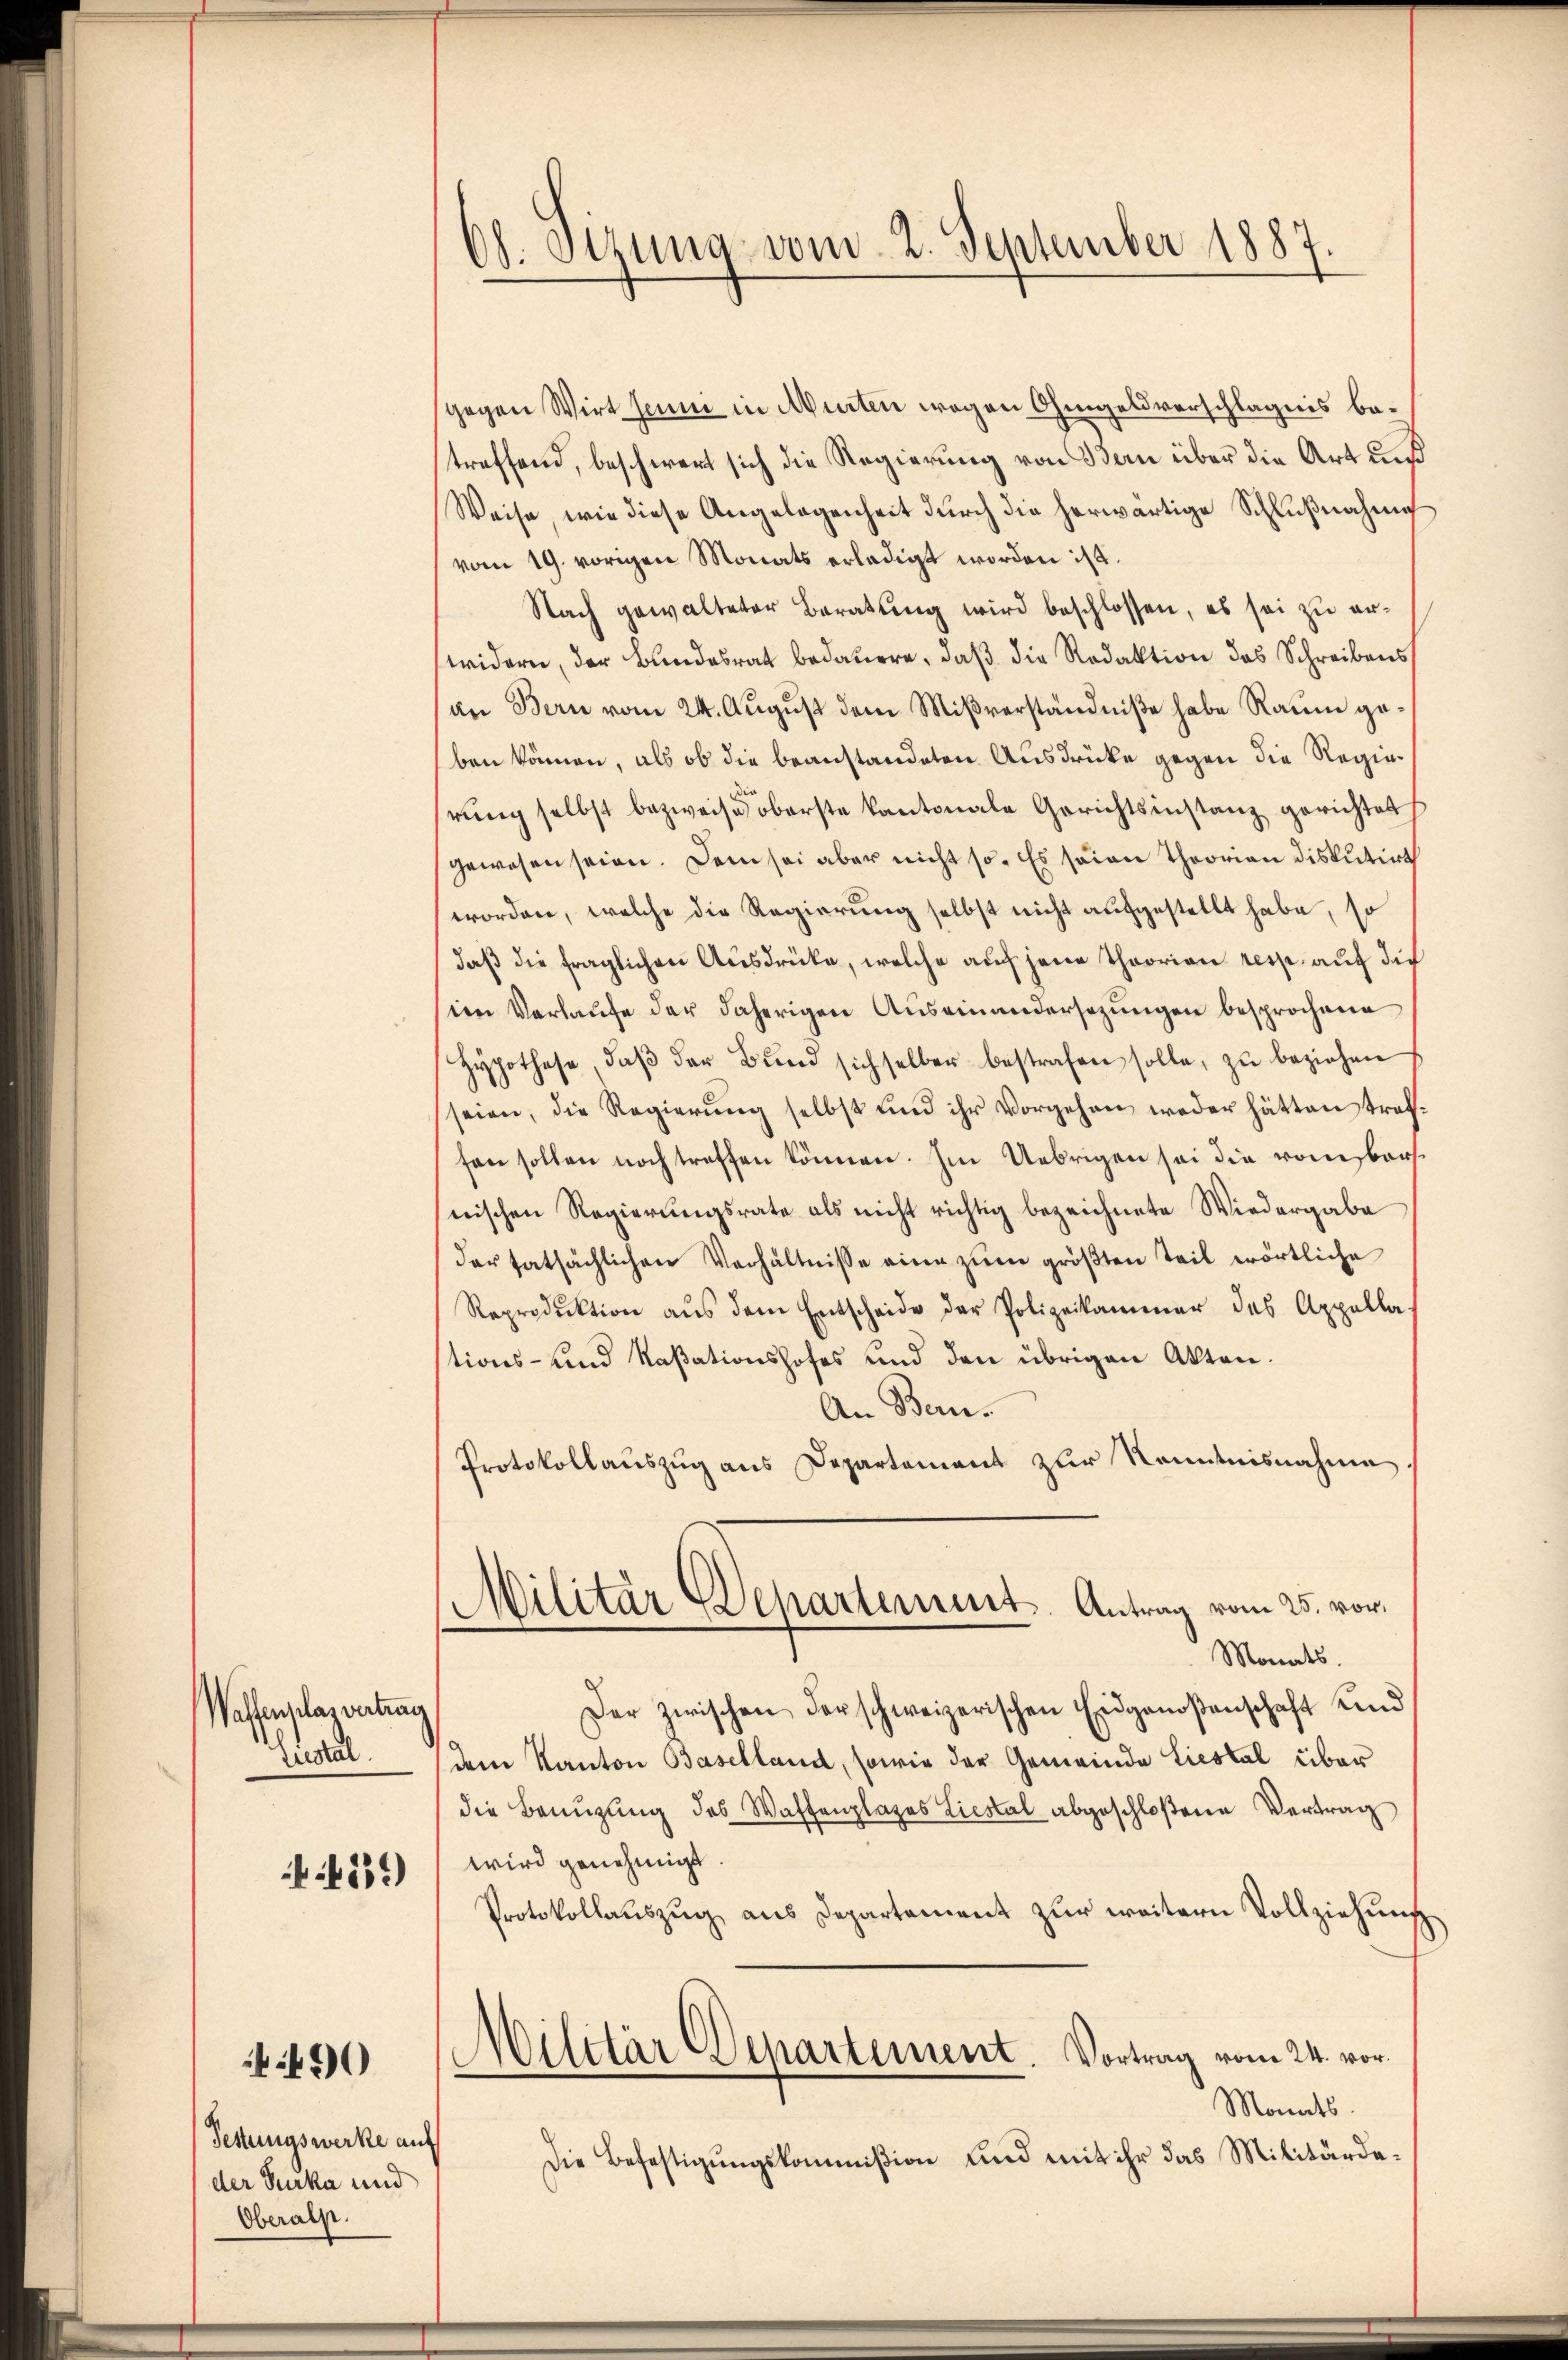
Waffenplasvertrag
Zustel
N 539

Festungswerke auf
der Furka und
Oberalp.

430

od. Stzung vom 2. September 1887

gegen Wirt sein in Murten wegen Ohingelsverschlägnis betreffend, beschwert sich die Regierung von Bern über die Art uns
Weise, wie diese Angelegenheit dŭrch die herwärtige Schlŭβnahme
vom 19. vorigen Monats erledigt worden ist.
Nach gewalteter Beratung wird beschlossen, es sei zu erwidern, der Bundesrat bedauern, daß die Redaktion das Schreibens
an Bern vom 24. August dem Mißverständniße habe Raum geben können, als ob die beanstandeten Ausdrücke gegen die Regierŭng selbst bezweife oberste Kantonale Gerichtsinstanz gerichtet
gewesen seien. Dem sei aber nicht so. Es seien Theorian disputirt
worden, welche die Regierung selbst nicht aufgestellt habe, so
daß die fraglichen Ausdrücke, welche auf jene Theorian resp. auf die
im Verlaufe der daherigen Auseinandersezungen besprochene
Hypothese, daβ der Bŭnd sich selber bestrafen solle, zŭ beziehen
seien, die Regierŭng selbst und ihr Vorgehen weder hätten traffen sollen noch treffen können. Im Uebrigen sei die vomsborsnischen Regierungsrate als nicht richtig bezeichnete Wiedergabe
der tatsächlichen Verhältnisse eine zŭm gröβten Teil wörtliche
Reproduktion aŭs dem Entscheide der Polizeikammer des Appellations- und Naßationshofes und den übrigen Akten¬
An Bern.
Protokollauszug aus Departement zur Kenntnisnahme.
Militar Departement. Antrag vom 25. vor.
Monats.
Der zwischen derschweizerischen Eidgenoßenschaft und
dem Kanton Baselland, sowie der Gemeinde Liestal über
die Benŭzŭng des Waffenplages Liestal abgeschloßene Vertrag
wird genehmigt
Protokollaŭszŭg ans Departement zŭr weitern Vollziehŭng
Militär Departement. Vortrag vom 24. vor¬
Monats.
Die Befestigŭngskommißion und mit ihr das Militärde¬